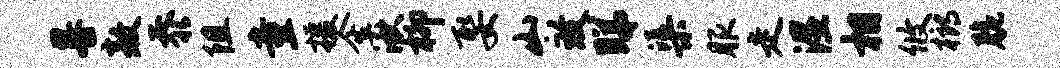
晷敖忝阻童援金湫柳娶山致睇渠服走湿相攸榔脆